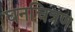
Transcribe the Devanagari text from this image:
घनचित्रण